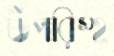
উপরিস্হ